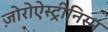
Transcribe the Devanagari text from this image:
ज़ोरोऐस्ट्रीनिस्म